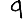
Digit: 9